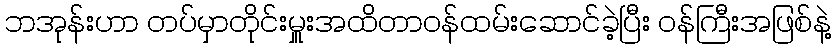
ဘအုန်းဟာ တပ်မှာတိုင်းမှူးအထိတာဝန်ထမ်းဆောင်ခဲ့ပြီး ဝန်ကြီးအဖြစ်နဲ့